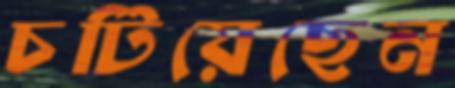
চটিয়েছেন